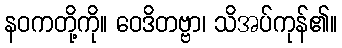
နဝကတို့ကို။ ဝေဒိတဗ္ဗာ၊ သိအပ်ကုန်၏။